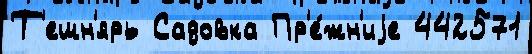
Т'ешн'ярь Садовка Пр'е́жн'иjе 442571